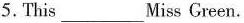
5.This___Miss Green.